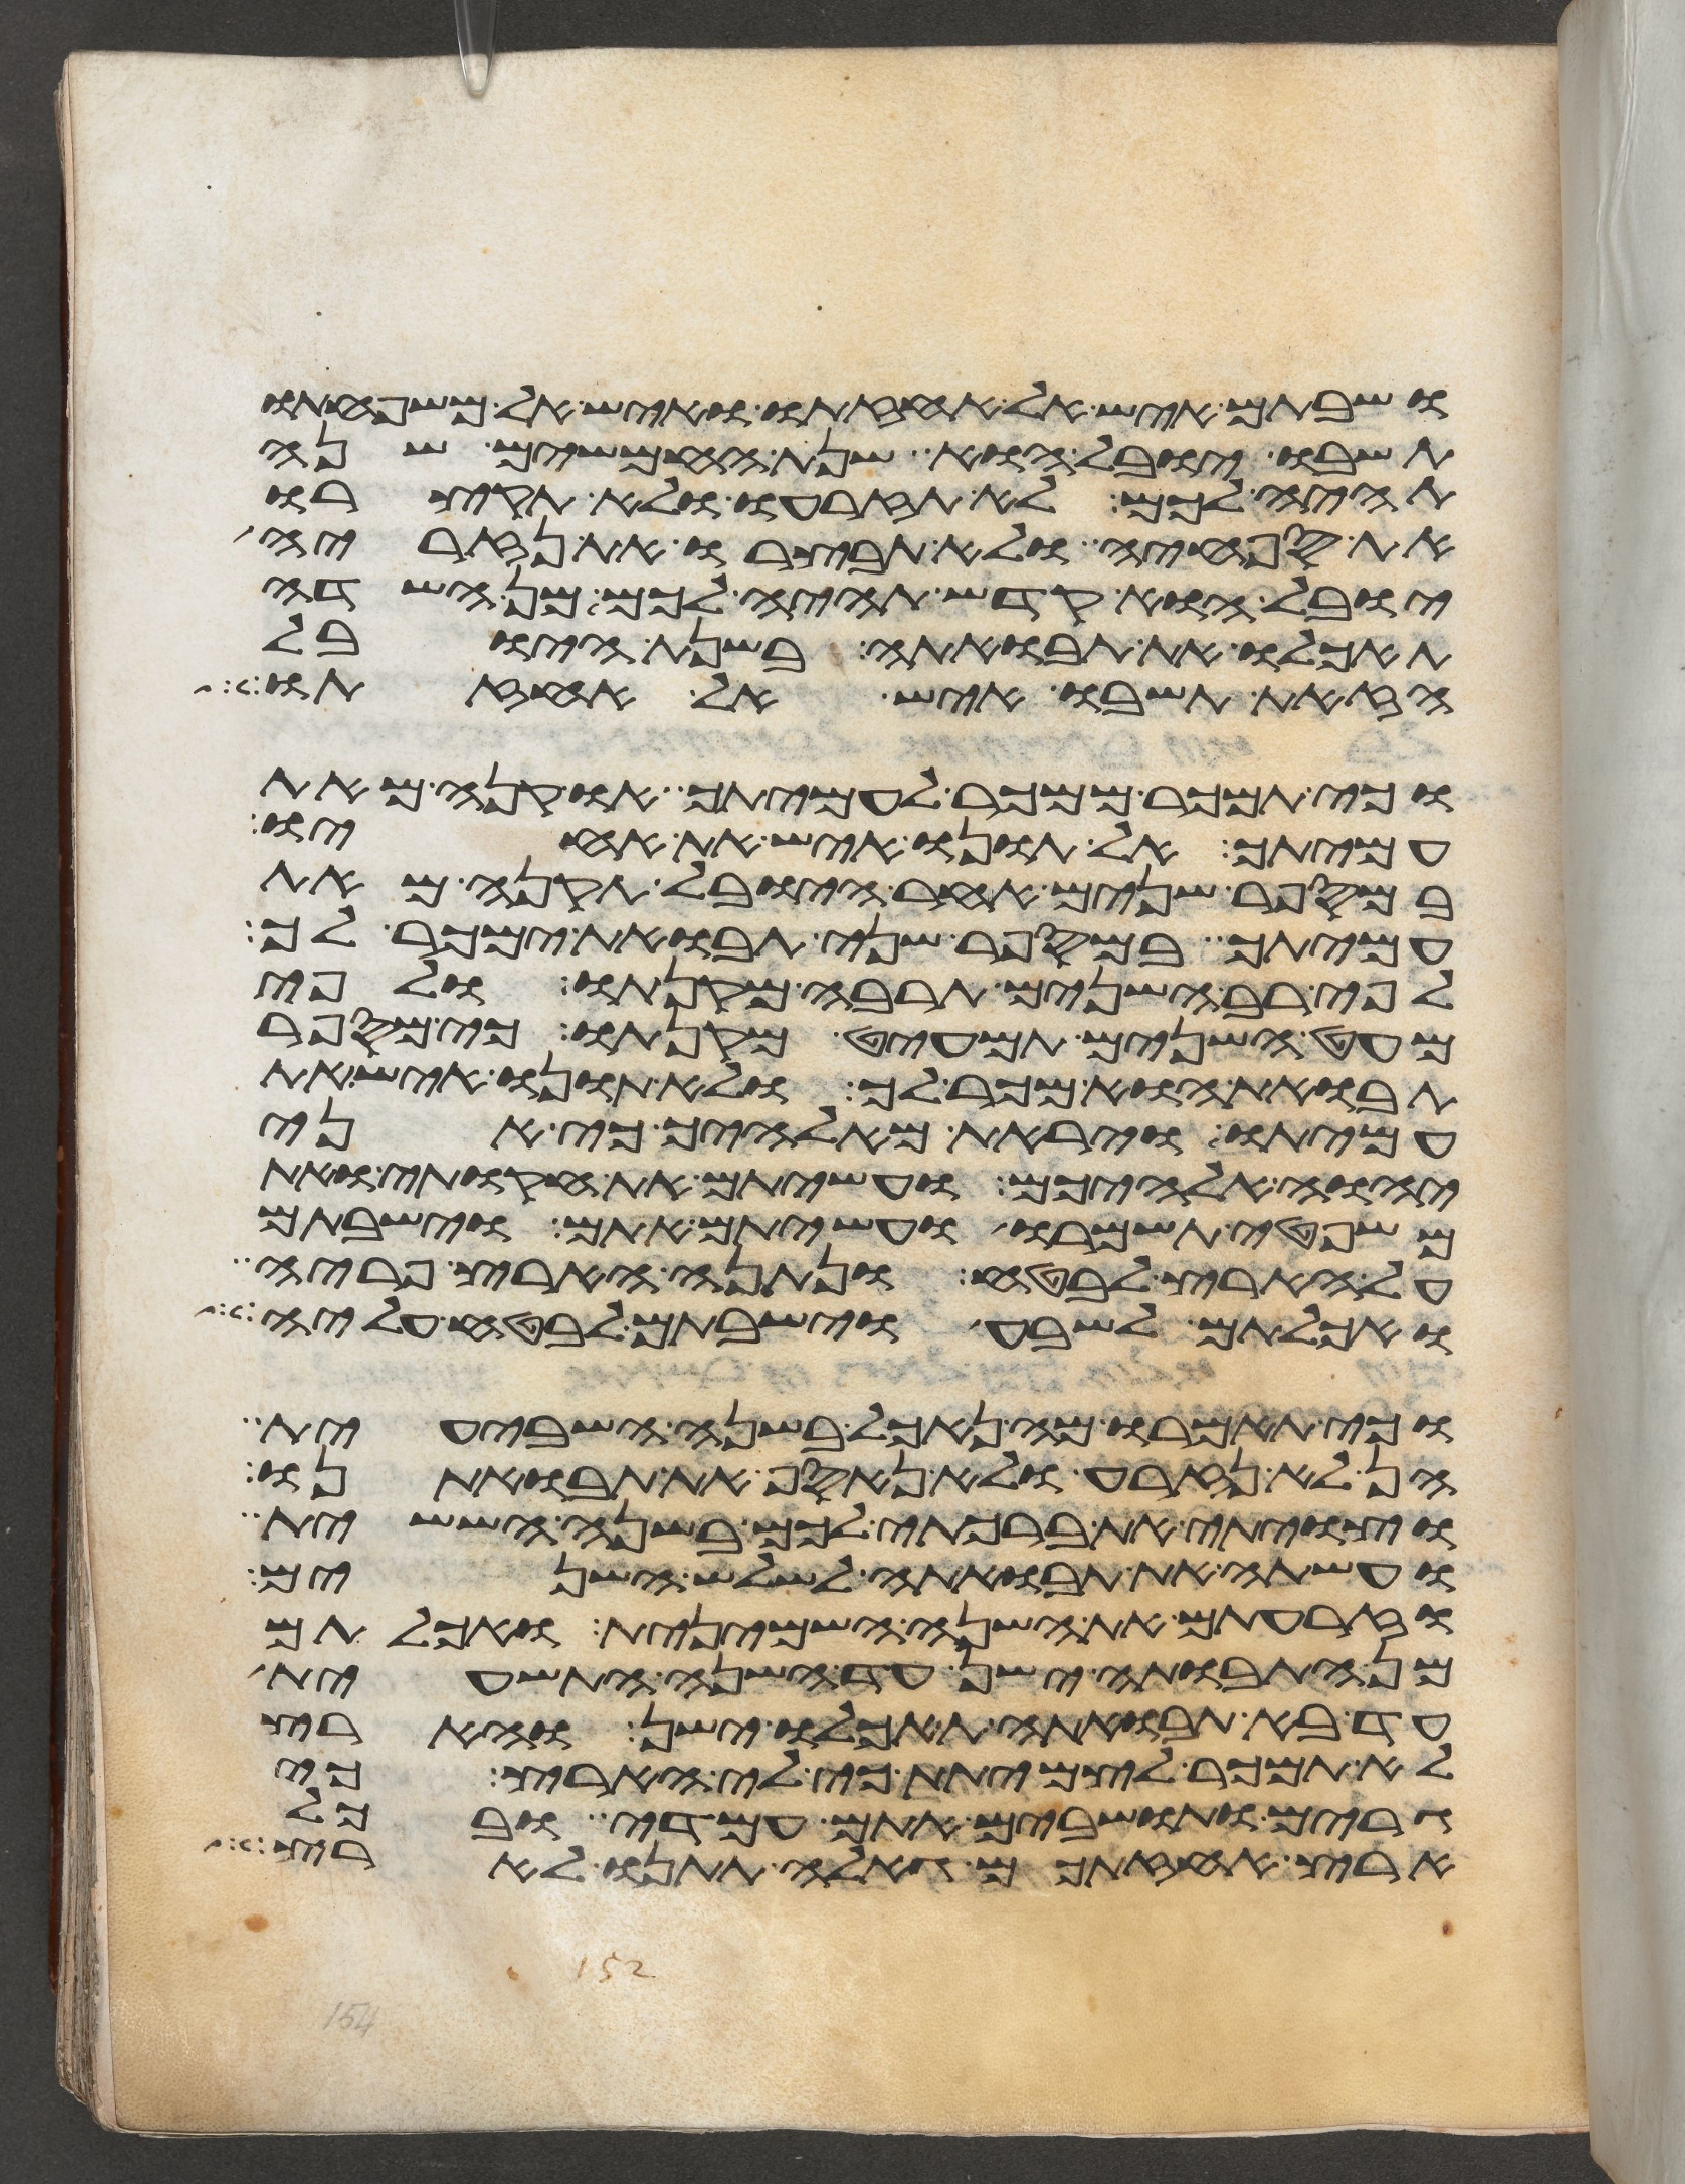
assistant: ושבתם איש אל אחזתו ואיש אל משפחתו
תשובו יובל הוא שנת החמשים שנה
תהיה לכם לא תזרעו ולא תקצרו
את ספחיה ולא תבצרו את נזיריה
יובל הוא קדש תהיה לכם מן השדה
תאכלו את תבואתה בשנת היובל
הזאת תשובו איש אל אחזתו
וכי תמכר ממכר לעמיתך או קנה מיד
עמיתך אל תונו איש את אחיו
במספר שנים אחר היובל תקנה מאת
עמיתך במספר שני תבואת ימכר לך
לפי רב השנים תרבה מקנתו ולפי
מעט השנים תמעיט מקנתו כי מספר
תבואת הוא מכר לך ולא תונו איש את
עמיתו ויראת מאלהיך כי אני
יהוה אלהיכם ועשיתם את חקותי ואת
משפטי תשמרו ועשיתם אתם וישבתם
על הארץ לבטח ונתנה הארץ פריה
ואכלתם לשבע וישבתם לבטח עליה
וכי תאמרו מה נאכל בשנה השביעית
הן לא נזרע ולא נאסף את תבואתינו
וצויתי את ברכתי לכם בשנה הששית
ועשתה את תבואתה לשלש השנים
וזרעתם את השנה השמינית ואכלתם
מן התבואתה ישן עד השנה התשעית
עד בא תבואתה תאכלו ישן והארץ
לא תמכר לצמיתת כי לי הארץ כי
גרים ותושבים אתם עמדי ובכל
ארץ אחזתכם גאלה תתנו לארץ